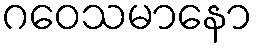
ဂဝေသမာနော